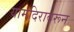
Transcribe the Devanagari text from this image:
यामंदिरावरून